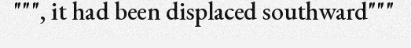
""", it had been displaced southward"""